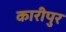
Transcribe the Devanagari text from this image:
कारीपुर